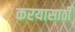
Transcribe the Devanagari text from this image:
करयासाठी